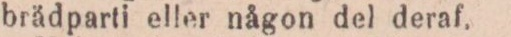
brädparti eller någon del deraf.